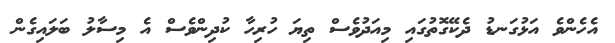
އެހެންވެ އަޅުގަނޑު ދެކޭގޮތުގައި މިއަދުވެސް ތިޔަ ހުރިހާ ކުދިންވެސް އެ މިސާލު ބަލައިގެން